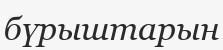
бүрыштарын